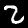
Label: 2